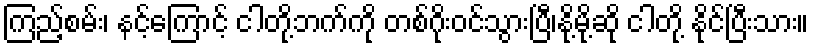
ကြည့်စမ်း၊ နင့်ကြောင့် ငါတို့ဘက်ကို တစ်ဂိုးဝင်သွားပြီ၊နို့မို့ဆို ငါတို့ နိုင်ပြီးသား။